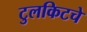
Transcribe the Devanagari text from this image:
टुलकिटचे